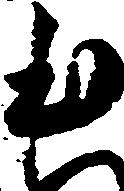
本